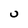
Character: U